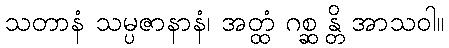
သတာနံ သမ္ပဇာနာနံ၊ အတ္ထံ ဂစ္ဆ န္တိ အာသဝါ။